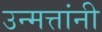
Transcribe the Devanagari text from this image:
उन्मत्तांनी